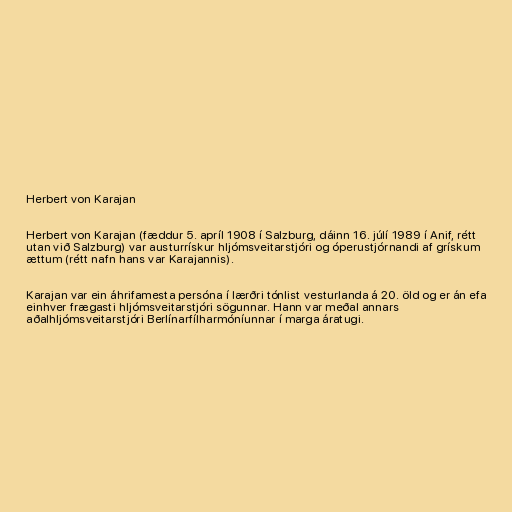
Herbert von Karajan

Herbert von Karajan (fæddur 5. apríl 1908 í Salzburg, dáinn 16. júlí 1989 í Anif, rétt
utan við Salzburg) var austurrískur hljómsveitarstjóri og óperustjórnandi af grískum
ættum (rétt nafn hans var Karajannis).

Karajan var ein áhrifamesta persóna í lærðri tónlist vesturlanda á 20. öld og er án efa
einhver frægasti hljómsveitarstjóri sögunnar. Hann var meðal annars
aðalhljómsveitarstjóri Berlínarfílharmóníunnar í marga áratugi.